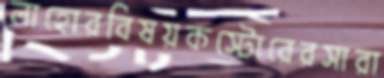
লাহোরবিষয়কস্টোরেরসারা